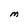
Character: M